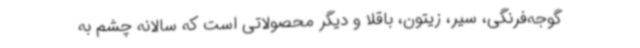
گوجه‌فرنگی، سیر، زیتون، باقلا و دیگر محصولاتی است که سالانه چشم به